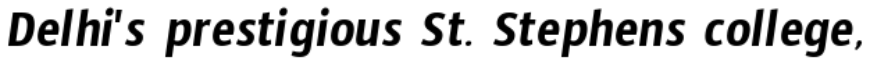
Delhi's prestigious St. Stephens college,